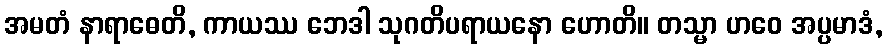
အမတံ နာရာဓေတိ, ကာယဿ ဘေဒါ သုဂတိပရာယနော ဟောတိ။ တသ္မာ ဟဝေ အပ္ပမာဒံ,